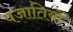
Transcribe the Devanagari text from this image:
पजातियों